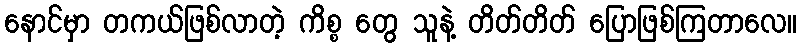
နောင်မှာ တကယ်ဖြစ်လာတဲ့ ကိစ္စ တွေ သူနဲ့ တိတ်တိတ် ပြောဖြစ်ကြတာလေ။